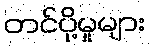
တင်ပို့မှုများ